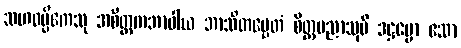
သဟဓမ္မိကေသု အစိတ္တကဘာဝါယ ဘာသိတမ္ပေတံ စိတ္တပညာသုပိ ဒဋ္ဌဗ္ဗော ဧသာ